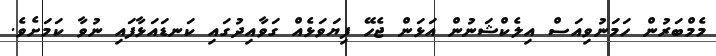
މެމްބަރުން ހަމަނުވިއަސް އިލެކްޝަނުން އަޅަން ޖެހޭ ފިޔަވަޅެއް ގަވާއިދުގައި ކަނޑައަޅާފައި ނުވާ ކަމަށެވެ.